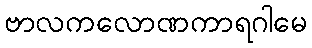
ဗာလကလောဏကာရဂါမေ